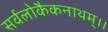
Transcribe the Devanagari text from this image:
सर्वलोकैकनाथम्।।